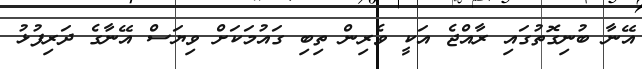
އޭނާ ބުނިގޮތުގައި ރާއްޖެ އަކީ ވެރިން ތިބި ގައުމަކަށް ވިޔަސް އޭނާގެ ދަރިފުޅު